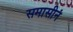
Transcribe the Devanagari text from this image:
समासीनं